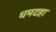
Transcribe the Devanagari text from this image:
धमदहा